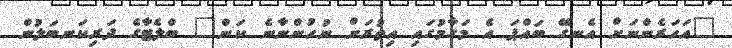
"އަހަރެންނަށް އެނގޭ ބައްޕަ އެ މަގާމުގައި އިތުރަށް ނުހުންނާނެ ކަން" ބްލެޓާގެ ދަރިކަނބަލުން